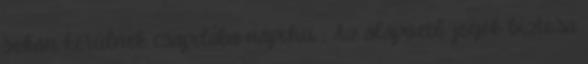
sokan kerülnek csapdába napi.hu :: Az alapvető jogok biztosa